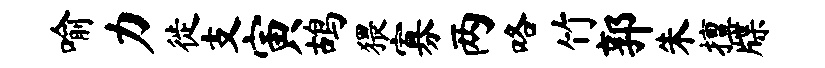
喻力徙支寅鸪猥寡两咯竹郭朱擅牒